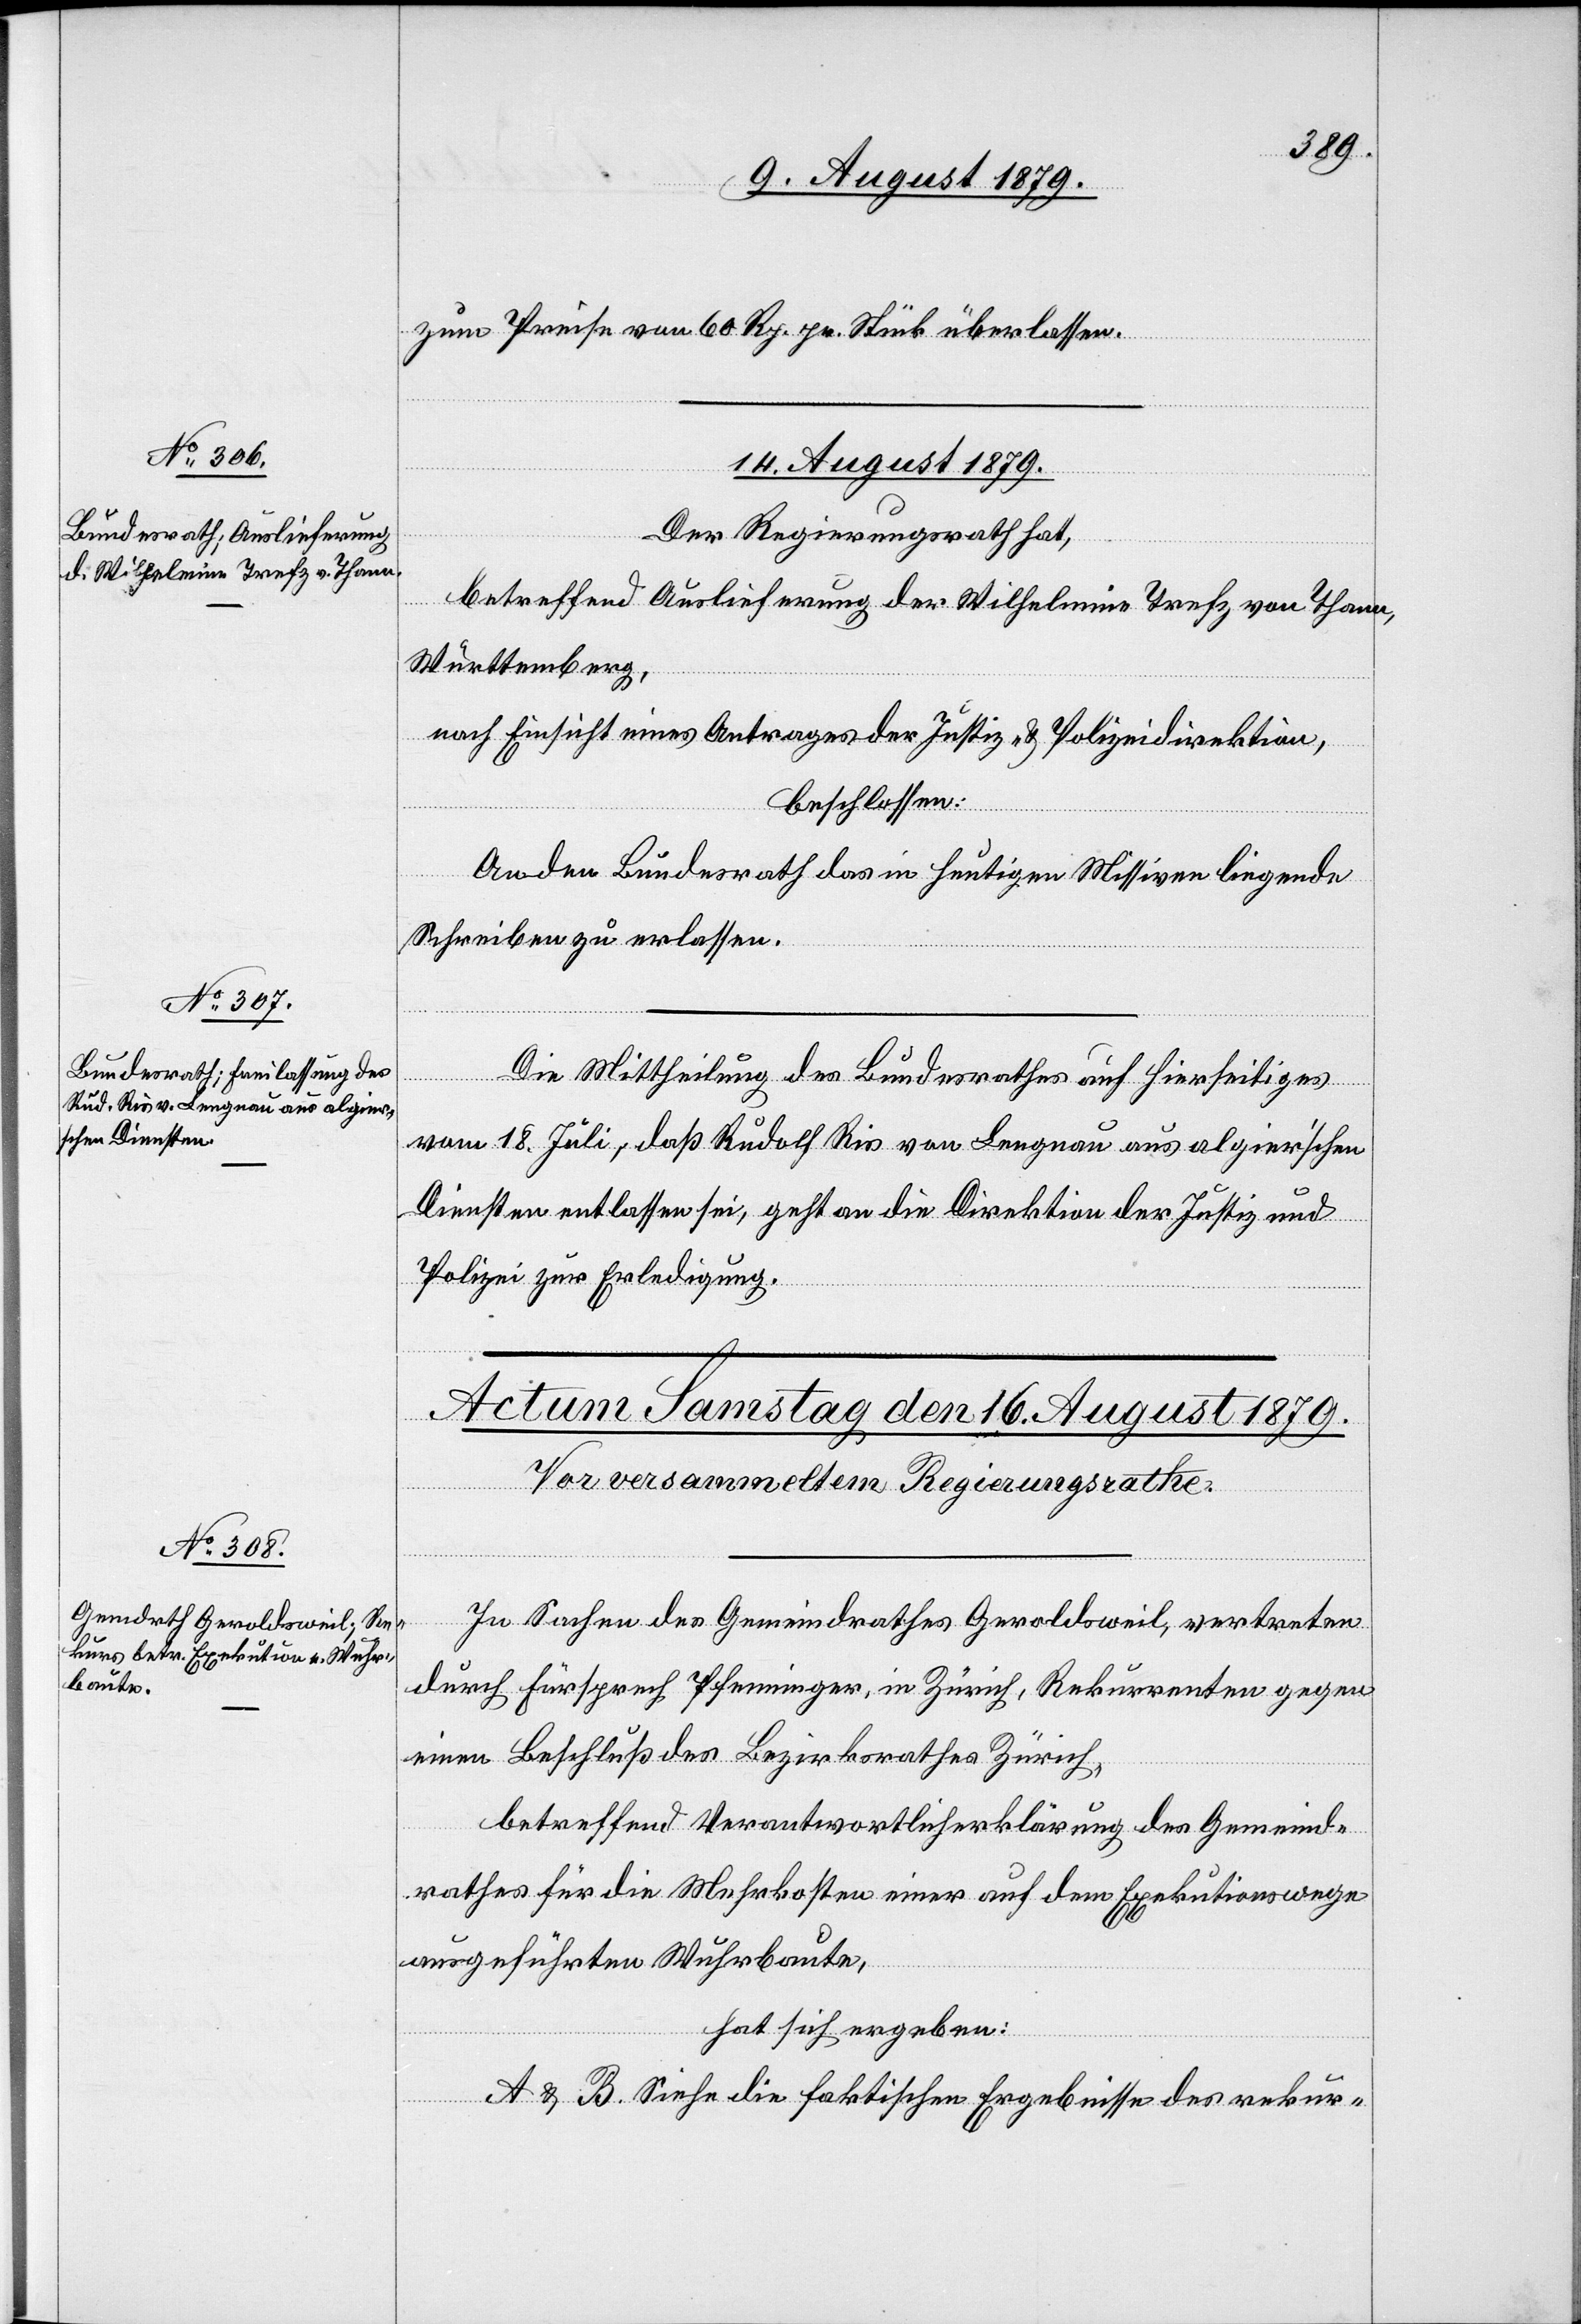
zum Preise von 60 Rp. pr. Stück überlassen.
14. August 1879.]
Der Regierungsrath hat,
betreffend Auslieferung der Wilhelmine Trefz von Thann,
Württemberg,
nach Einsicht eines Antrages der Justiz- & Polizeidirektion,
beschlossen:
An den Bundesrath das in heutigen Missiven liegende
Schreiben zu erlassen.
Die Mittheilung des Bundesrathes auf Hierseitiges
vom 18. Juli, daß Rudolf Ris von Lengnau aus algier’schen
Diensten entlassen sei, geht an die Direktion der Justiz &
Polizei zur Erledigung.
In Sachen des Gemeindrathes Geroldsweil, vertreten
durch Fürsprech Pfenninger, in Zürich, Rekurrenten gegen
einen Beschluß des Bezirksrathes Zürich,
betreffend Verantwortlicherklärung des Gemeind¬
rathes für die Mehrkosten einer auf dem Exekutionswege
ausgeführten Wuhrbaute,
hat sich ergeben:
A & B. Siehe die faktischen Ergebnisse des rekur-